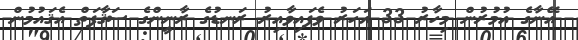
އޭނާގެ އުމުރުން މިހާރު 33 އަހަރު ވެފައިވާއިރު ރަނޑުގެ ރާނީންގެ ސަޤާފަތް އެޤައުމުން